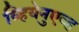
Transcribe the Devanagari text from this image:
व्हियेनुएव्ह